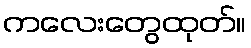
ကလေးတွေထုတ်။